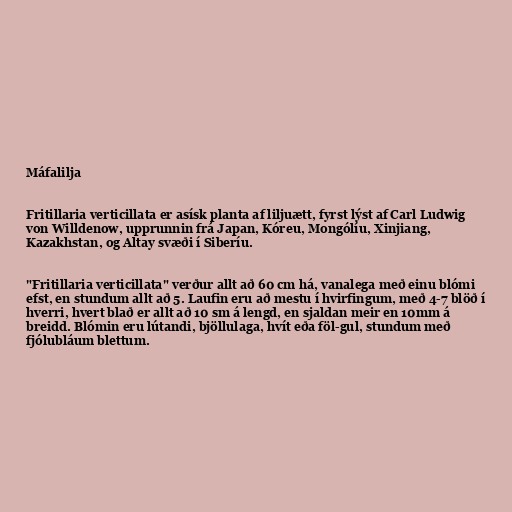
Máfalilja

Fritillaria verticillata er asísk planta af liljuætt, fyrst lýst af Carl Ludwig
von Willdenow, upprunnin frá Japan, Kóreu, Mongólíu, Xinjiang,
Kazakhstan, og Altay svæði í Siberíu.

"Fritillaria verticillata" verður allt að 60 cm há, vanalega með einu blómi
efst, en stundum allt að 5. Laufin eru að mestu í hvirfingum, með 4-7 blöð í
hverri, hvert blað er allt að 10 sm á lengd, en sjaldan meir en 10mm á
breidd. Blómin eru lútandi, bjöllulaga, hvít eða föl-gul, stundum með
fjólubláum blettum.